Scottish Leaving Certificate Examination, 1951
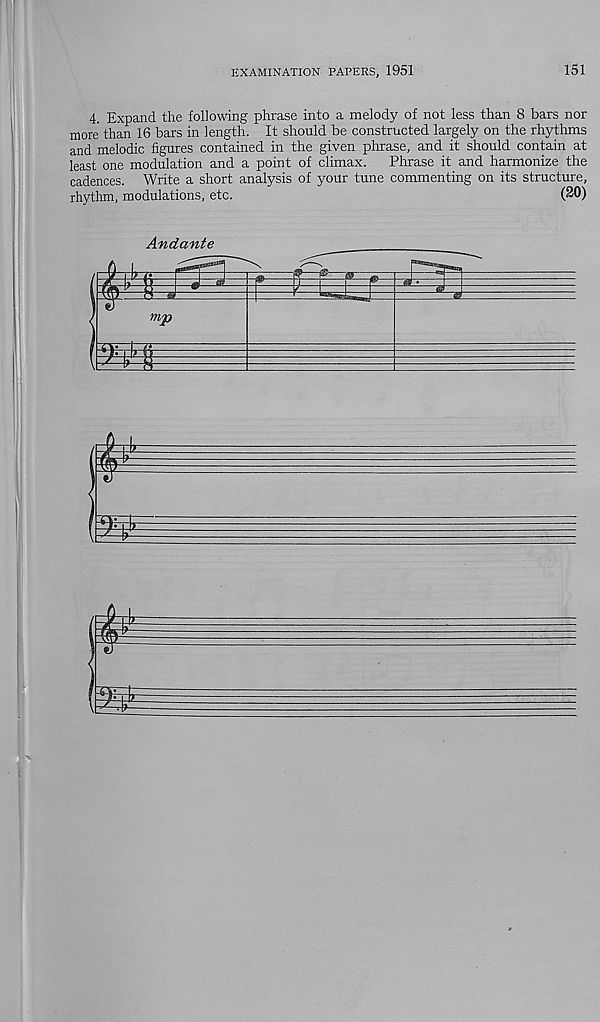
EXAMINATION PAPERS, 1951
151
4. Expand the following phrase into a melody of not less than 8 bars nor
more than 16 bars in length. It should be constructed largely on the rhythms
and melodic figures contained in the given phrase, and it should contain at
least one modulation and a point of climax. Phrase it and harmonize the
cadences. Write a short analysis of your tune commenting on its structure,
rhythm, modulations, etc.
(20)